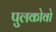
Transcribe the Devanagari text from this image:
पुलकोवो